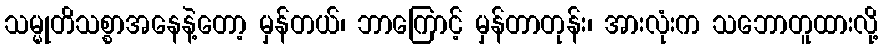
သမ္မုတိသစ္စာအနေနဲ့တော့ မှန်တယ်၊ ဘာကြောင့် မှန်တာတုန်း၊ အားလုံးက သဘောတူထားလို့